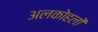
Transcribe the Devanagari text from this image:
अलकोहलों